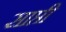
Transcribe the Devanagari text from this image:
साप्ती